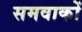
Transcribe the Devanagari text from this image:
समवाकों